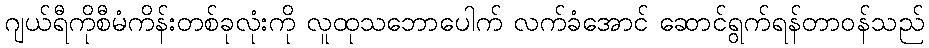
ဂျယ်ရီကိုစီမံကိန်းတစ်ခုလုံးကို လူထုသဘောပေါက် လက်ခံအောင် ဆောင်ရွက်ရန်တာဝန်သည်